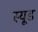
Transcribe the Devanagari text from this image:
स्यूड